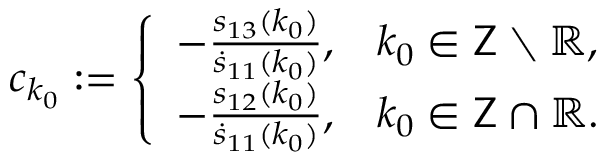
\begin{array} { r l } & { c _ { k _ { 0 } } : = \left\{ \begin{array} { l l } { - \frac { s _ { 1 3 } ( k _ { 0 } ) } { \dot { s } _ { 1 1 } ( k _ { 0 } ) } , } & { k _ { 0 } \in \mathsf { Z } \setminus \mathbb { R } , } \\ { - \frac { s _ { 1 2 } ( k _ { 0 } ) } { \dot { s } _ { 1 1 } ( k _ { 0 } ) } , } & { k _ { 0 } \in \mathsf { Z } \cap \mathbb { R } . } \end{array} \right. } \end{array}